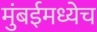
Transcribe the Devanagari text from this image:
मुंबईमध्येच